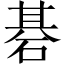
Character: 碁